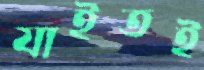
যাইতই